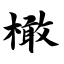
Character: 橄